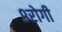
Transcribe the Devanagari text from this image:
९रोगी